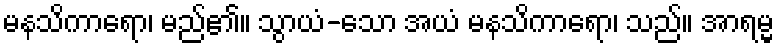
မနသိကာရော၊ မည်၏။ သွာယံ-သော အယံ မနသိကာရော၊ သည်။ အာရမ္မ